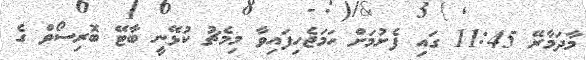
މާދަމާރޭ 11:45 ގައި ފެށުމަށް ހަމަޖެހިފައިވާ މިމެޗު ކުޅޭނީ ބާޓޭ ބޮރިސޯވް ގެ